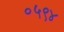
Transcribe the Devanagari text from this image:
०५९४